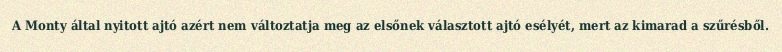
A Monty által nyitott ajtó azért nem változtatja meg az elsőnek választott ajtó esélyét, mert az kimarad a szűrésből.